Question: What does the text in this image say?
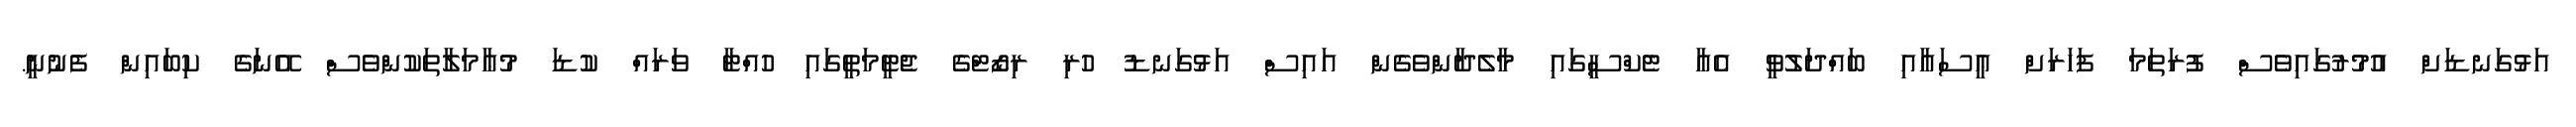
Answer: އަޅުގަނޑަށް އުމުރުގައިވެސް ފުރަތަމަ ފަހަރަށް ޢީސައާއި ބައްދަލުވީ އެއާ ޓެކްސީގައި މާލެދާންވެގެން އައިސް އަޅުގަނޑު ހުރި ރިޒޯޓްގެ ޖެޓީމަތީގައި ހުއްޓާ ވަރައް ކުޑަ މުޢާމަލާތަކުންވެސް އޭނަގެ ކިބައިން ފެނުނީ.